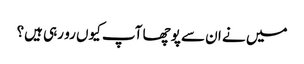
میں نے ان سے پوچھا آپ کیوں رو رہی ہیں؟